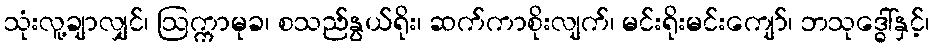
သုံးလူ့ချာလျှင်၊ ဩက္ကာမုခ၊ စသည်နွယ်ရိုး၊ ဆက်ကာစိုးလျက်၊ မင်းရိုးမင်းကျော်၊ ဘသုဒ္ဓေါ်နှင့်၊